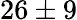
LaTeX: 26\pm 9